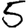
Digit: 5